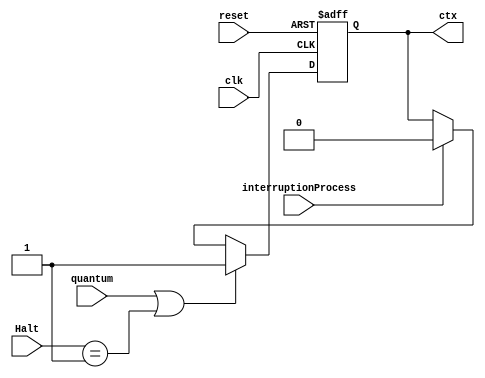
module InterruptionController(
	 input clk, reset, quantum, interruptionProcess,
	 input [1:0] Halt,
	 output reg ctx
);
	 initial begin
		ctx <= 1;
	 end

    always @(negedge clk or posedge reset)
    begin
        if(reset) ctx <= 1;
		  else if(quantum || Halt == 2'b01) ctx <= 1;
        else if(interruptionProcess) ctx <= 0;
    end

endmodule